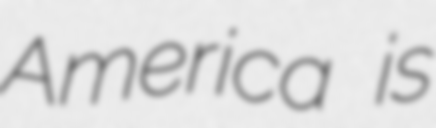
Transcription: America is